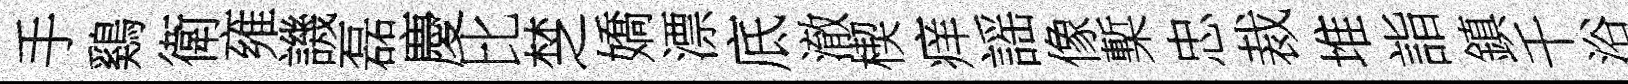
手鷄衛雍譏磊慶比椘嬌漂底澈楔痒謡像槧忠裁堆詣鎮千浴